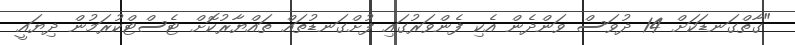
"ގާތްގަނޑަކަށް 14 ދުވަސް ވަންދެން އެކި ފެންވަރުގައި ފުށްގަނޑުތައް ތައްޔާރުކޮށް ޓެސްޓްކުރަމުން ދިޔައީ